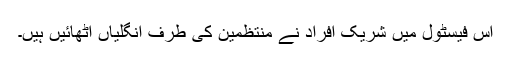
اس فیسٹول میں شریک افراد نے منتظمین کی طرف انگلیاں اٹھائیں ہیں۔